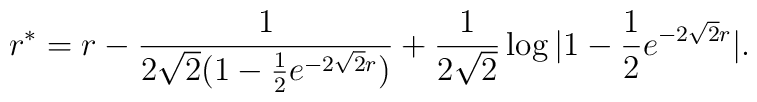
r^*= r - {1 \over 2\sqrt 2 (1- {1 \over 2} e^{-2\sqrt 2 r})} +    {1 \over 2 \sqrt 2} \log |1- {1 \over 2} e^{-2\sqrt 2 r}|.